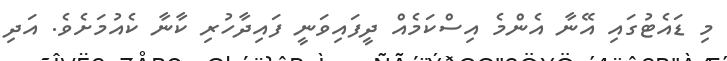
މި ޑައެޓުގައި އޭނާ އެެންމެ އިސްކަމެއް ދީފައިވަނީ ފައިދާހުރި ކާނާ ކެއުމަށެވެ. އަަދި